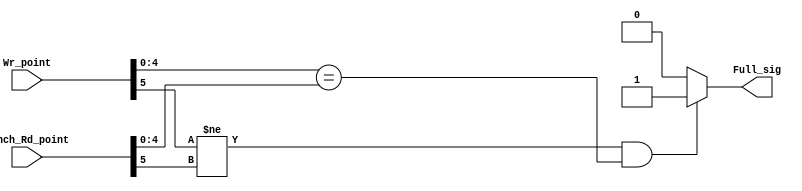
module Full
#(parameter Addr_width = 5)
(
    //input wire Wr_clk, rst,
    input wire [Addr_width:0] Wr_point, Synch_Rd_point,
    output reg Full_sig
);

always @(*) begin
   if((Wr_point[Addr_width] != Synch_Rd_point[Addr_width]) && Wr_point[Addr_width-1:0] == Synch_Rd_point[Addr_width-1:0])
    begin
        Full_sig <= 1'b1;
    end
    else
    begin
        Full_sig <= 1'b0;
    end
end

//-----for sequential always block-------------//
/*always @(posedge Wr_clk or negedge rst) begin
    if(!rst)
    begin
        Full_sig <= 1'b0;
    end
    else if((Wr_point[Addr_width] != Synch_Rd_point[Addr_width]) && Wr_point[Addr_width-1:0] == Synch_Rd_point[Addr_width-1:0])
    begin
        Full_sig <= 1'b1;
    end
end*/
    
endmodule